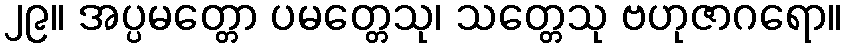
၂၉။ အပ္ပမတ္တော ပမတ္တေသု၊ သတ္တေသု ဗဟုဇာဂရော။